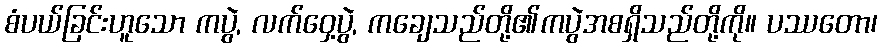
စံပယ်ခြင်းဟူသော ကပွဲ, လက်ဝှေ့ပွဲ, ကချေသည်တို့၏ကပွဲအစရှိသည်တို့ကို။ ပဿတော၊